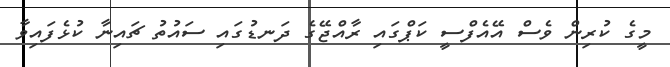
މީގެ ކުރިން ވެސް އޭއެފްސީ ކަޕްގައި ރާއްޖޭގެ ދަނޑުގައި ސައުތު ޗައިނާ ކުޅެފައިވާ